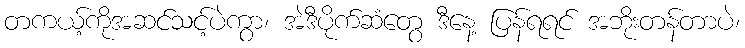
တကယ့်ကိုအဆင်သင့်ပဲကွာ၊ အဲဒီပိုက်ဆံတွေ ဒီနေ့ ပြန်ရရင် အဘိုးတန်တာပဲ၊